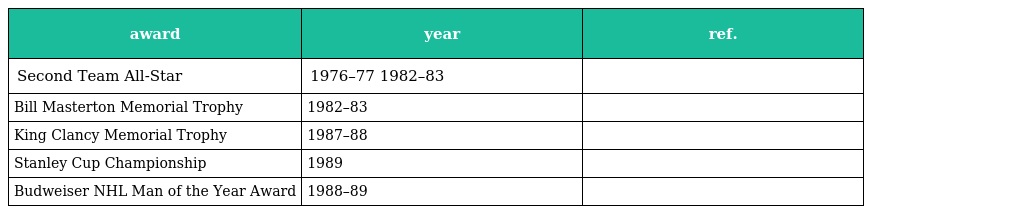
| award | year | ref. |
 | --- | --- | --- |
 | Second Team All-Star | 1976–77 1982–83 |  |
 | Bill Masterton Memorial Trophy | 1982–83 |  |
 | King Clancy Memorial Trophy | 1987–88 |  |
 | Stanley Cup Championship | 1989 |  |
 | Budweiser NHL Man of the Year Award | 1988–89 |  |